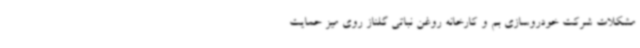
مشکلات شرکت خودروسازی بم و کارخانه روغن نباتی گلناز روی میز حمایت